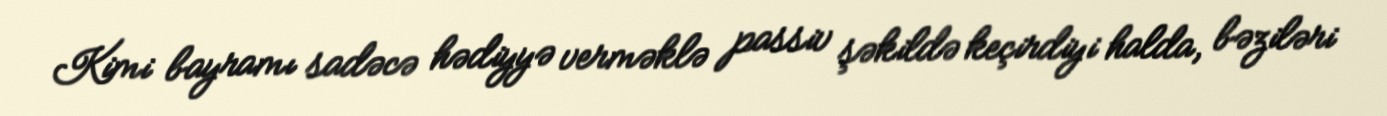
Kimi bayramı sadəcə hədiyyə verməklə passiv şəkildə keçirdiyi halda, bəziləri